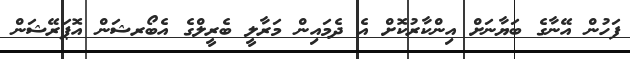
ފަހުން އޭނާގެ ބަޔާނަށް އިންކާރުކޮށް އެ ދެމައިން މަރާލީ ބެރީލްގެ އެބޯރޝަން އޮޕަރޭޝަން